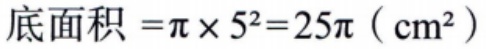
底面积 \(=\pi\times 5^{2}=25\pi\ (\text{cm}^{2})\)